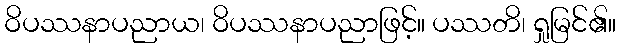
ဝိပဿနာပညာယ၊ ဝိပဿနာပညာဖြင့်။ ပဿတိ၊ ရှုမြင်၏။